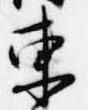
東